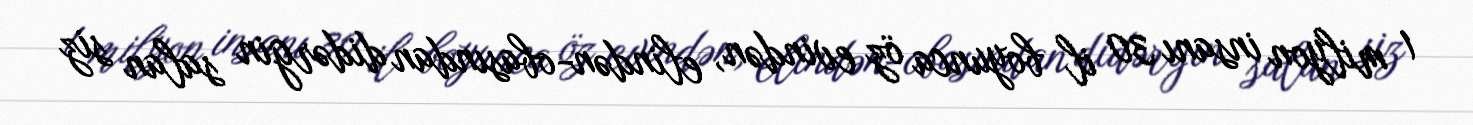
1 milyon insanı 30 il boyunca öz evindən, elindən-obasından didərgin salan siz